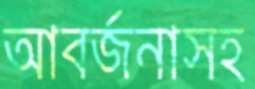
আবর্জনাসহ